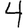
Digit: 4